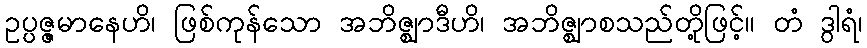
ဥပ္ပဇ္ဇမာနေဟိ၊ ဖြစ်ကုန်သော အဘိဇ္ဈာဒီဟိ၊ အဘိဇ္ဈာစသည်တို့ဖြင့်။ တံ ဒွါရံ၊